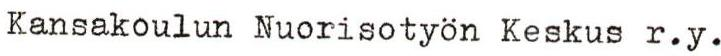
Kansakoulun Nuorisotyön Keskus r.y.